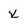
Character: x